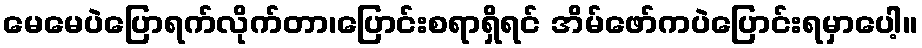
မေမေပဲပြောရက်လိုက်တာ၊ပြောင်းစရာရှိရင် အိမ်ဖော်ကပဲပြောင်းရမှာပေါ့။